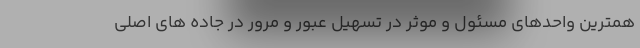
همترین واحدهای مسئول و موثر در تسهیل عبور و مرور در جاده های اصلی